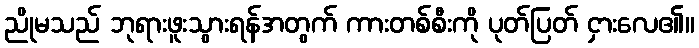
ညိုမသည် ဘုရားဖူးသွားရန်အတွက် ကားတစ်စီးကို ပုတ်ပြတ် ငှားလေ၏။